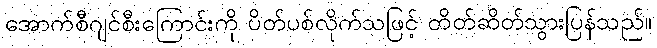
အောက်စီဂျင်စီးကြောင်းကို ပိတ်ပစ်လိုက်သဖြင့် တိတ်ဆိတ်သွားပြန်သည်။